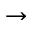
\rightarrow